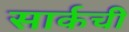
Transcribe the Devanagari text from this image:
सार्कची